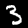
Digit: 3